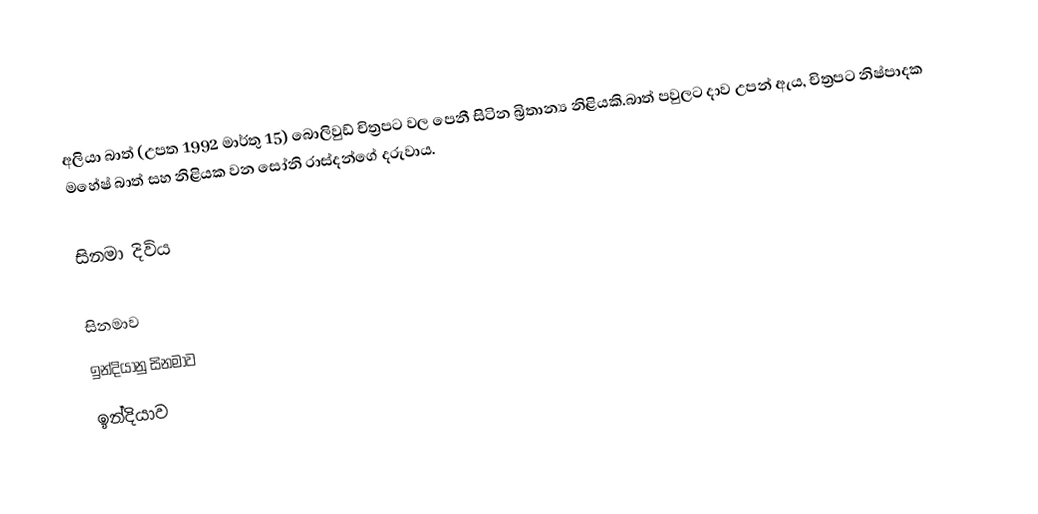
අලියා බාත් (උපත 1992 මාර්තු  15) බොලිවුඩ් චිත්‍රපට වල පෙනී සිටින බ්‍රිතාන්‍ය නිළියකි.බාත් පවුලට දාව උපන් ඇය, චිත්‍රපට නිෂ්පාදක මහේෂ් බාත් සහ නිළියක වන සෝනි රාස්දන්ගේ දරුවාය.

සිනමා දිවිය

සිනමාව
ඉන්දියානු සිනමාව
ඉන්දියාව